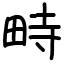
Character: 畤